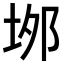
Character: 𡋓